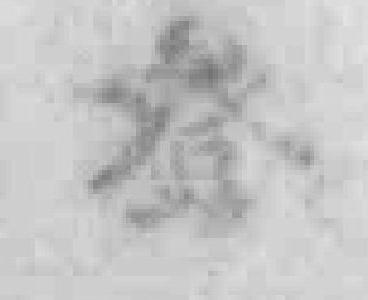
登